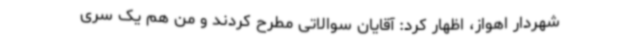
شهردار اهواز، اظهار کرد: آقایان سوالاتی مطرح کردند و من هم یک سری